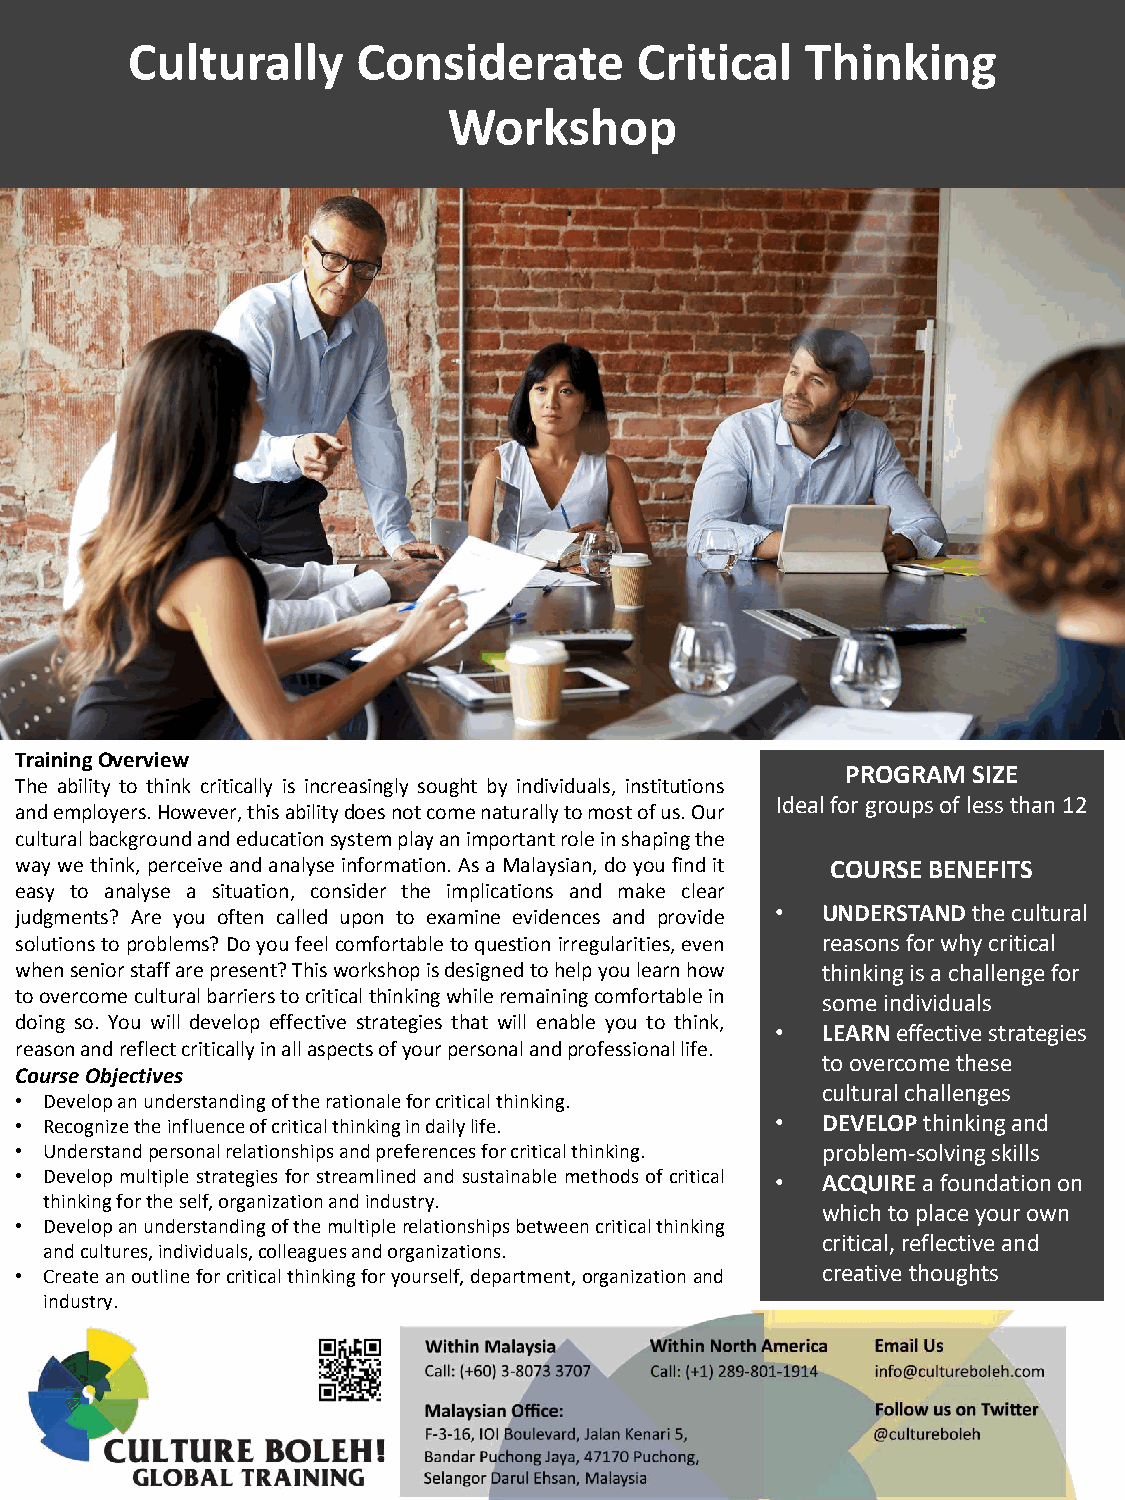
Culturally      Considerate       Critical   Thinking
 Workshop
 TrainingOverview
 PROGRAM SIZE
 The ability to think critically is increasingly sought by individuals, institutions
 Ideal for groups of less than 12
 andemployers.However,thisabilitydoesnotcomenaturallytomostofus.Our
 culturalbackgroundandeducationsystemplayanimportantroleinshapingthe
 waywethink,perceive andanalyseinformation.AsaMalaysian,doyoufindit COURSE BENEFITS
 easy to analyse a situation, consider the implications and make clear
 judgments? Are you often called upon to examine evidences and provide • UNDERSTANDthe cultural
 solutionstoproblems?Doyoufeelcomfortabletoquestionirregularities,even reasons for why critical
 whenseniorstaffarepresent?Thisworkshopisdesignedtohelpyoulearnhow thinking is a challenge for
 toovercomeculturalbarrierstocriticalthinkingwhileremainingcomfortablein some individuals
 doing so. You will develop effective strategies that will enable you to think,
 •  LEARNeffective strategies
 reasonandreflectcriticallyinallaspectsofyourpersonalandprofessionallife.
 to overcome these
 CourseObjectives
 cultural challenges
 • Developanunderstandingoftherationaleforcriticalthinking.
 • Recognizetheinfluenceofcriticalthinkingindailylife. • DEVELOP thinking and
 • Understandpersonalrelationshipsandpreferencesforcriticalthinking. problem-solving skills
 • Develop multiple strategies for streamlined and sustainable methods of critical • ACQUIREa foundation on
 thinkingfortheself,organizationandindustry.
 which to place your own
 • Developanunderstandingofthemultiplerelationshipsbetweencriticalthinking
 critical, reflective and
 andcultures,individuals,colleaguesandorganizations.
 • Createanoutlineforcriticalthinkingforyourself,department,organizationand creative thoughts
 industry.